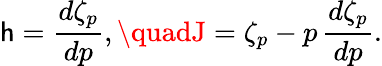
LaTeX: \mathsf{h}=\frac{{d\zeta_{p}}}{{dp}},\quadJ=\zeta_{p}-p\, \frac{{d\zeta_{p}}}{{dp}}.